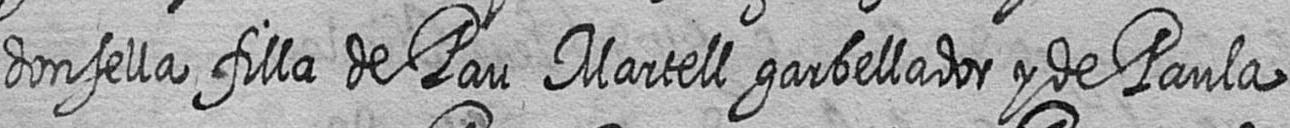
donsella filla de Pau Martell garbellador y de Paula